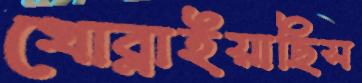
খোব্‌লাইয়াছিস